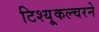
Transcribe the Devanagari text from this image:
टिश्यू्कल्चरने